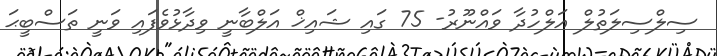
ސިލްސިލަތުލް އަލްހުދާ ވައްނޫރު- 75 ގައި ޝައިޚް އަލްބާނީ ވިދާޅުވެފައި ވަނީ ތަސްބީޙަ